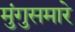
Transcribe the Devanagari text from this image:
मुंगुसमारे